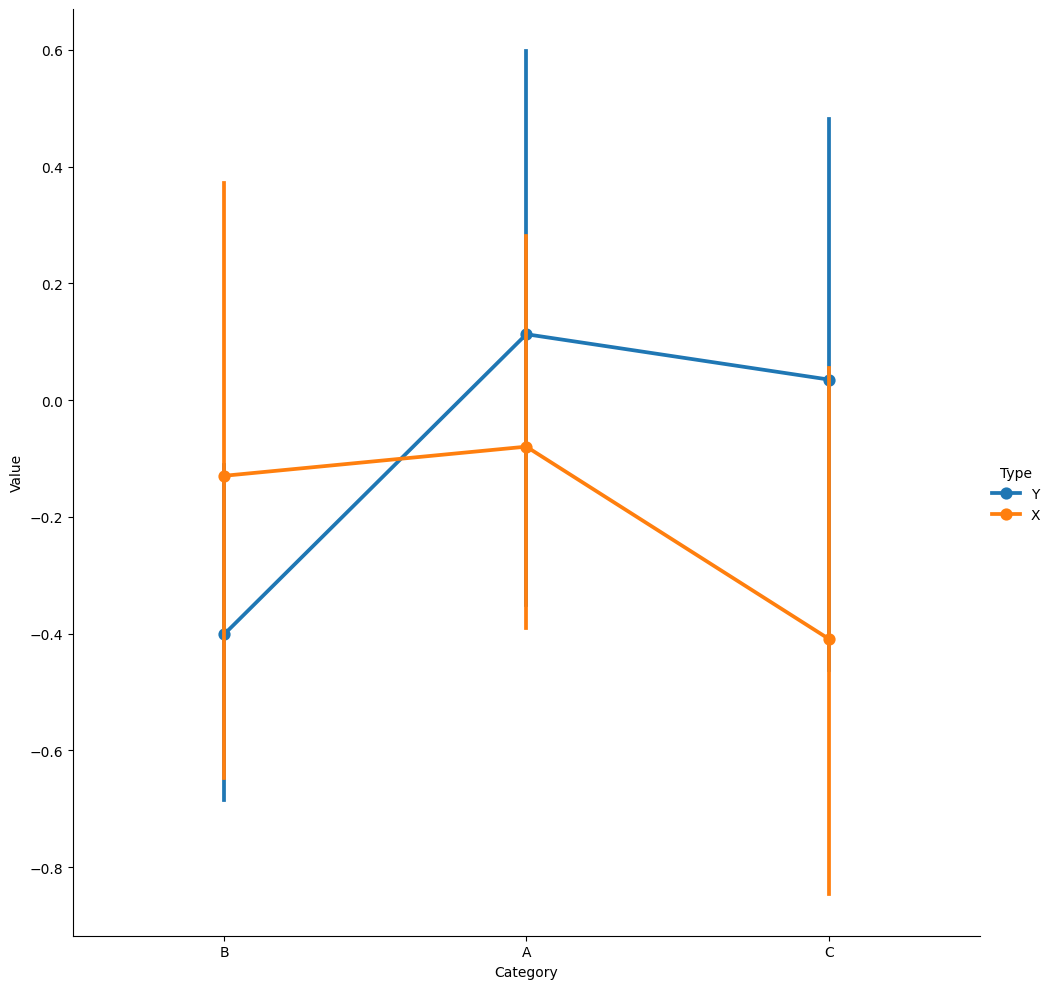
python, seaborn, catplot, kind='point', height=10, aspect=1